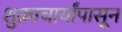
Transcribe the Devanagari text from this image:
शुक्राचार्यांपासून